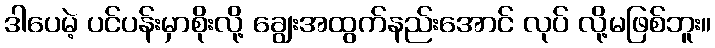
ဒါပေမဲ့ ပင်ပန်းမှာစိုးလို့ ချွေးအထွက်နည်းအောင် လုပ် လို့မဖြစ်ဘူး။